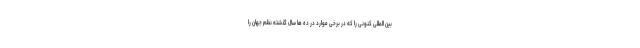
بین المللی کنونی را که در برخی موارد در ده ها سال گذشته نظم جهان را